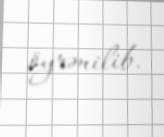
öyrənilib.